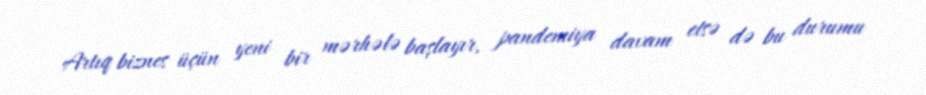
Artıq biznes üçün yeni bir mərhələ başlayır, pandemiya davam etsə də bu durumu